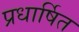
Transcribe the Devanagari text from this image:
प्रधार्षित